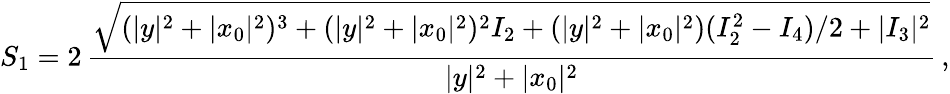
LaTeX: S_{1}=2\, \frac{\sqrt{(|y|^{2}+|x_{0}|^{2})^{3}+(|y|^{2}+|x_{0}|^{2})^{2}I_{2}+(|y|^{2}+|x_{0}|^{2})(I_{2}^{2}-I_{4})/2+|I_{3}|^{2}}}{|y|^{2}+|x_{0}|^{2}}\, ,